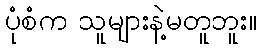
ပုံစံက သူများနဲ့မတူဘူး။